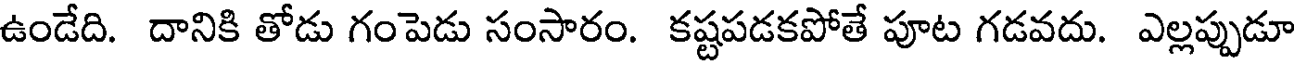
ఉండేది. దానికి తోడు గంపెడు సంసారం. కష్టపడకపోతే పూట గడవదు. ఎల్లప్పుడూ